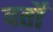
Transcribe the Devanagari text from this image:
वर्तों